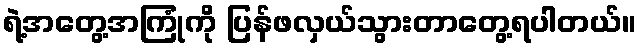
ရဲ့အတွေ့အကြုံကို ပြန်ဖလှယ်သွားတာတွေ့ရပါတယ်။